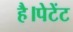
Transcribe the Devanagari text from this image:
है।पेटेंट